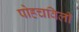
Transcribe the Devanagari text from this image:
पोहचविली